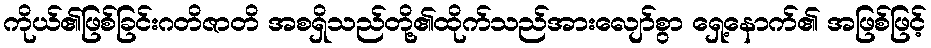
ကိုယ်၏ဖြစ်ခြင်းဂတိဇာတိ အစရှိသည်တို့၏ထိုက်သည်အားလျော်စွာ ရှေ့နောက်၏ အဖြစ်ဖြင့်